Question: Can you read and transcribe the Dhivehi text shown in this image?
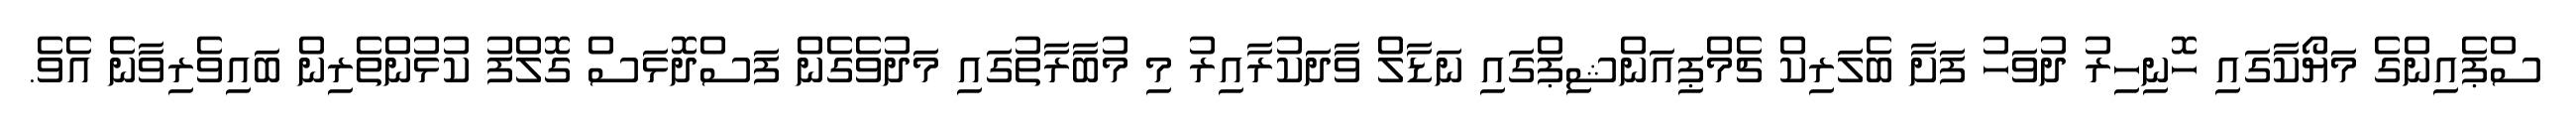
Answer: ސްޕެއިންގެ މަޔޯކާގައި ހޮނިހިރު ދުވަހު ފަށާ ބެލަރިކް ޗެމްޕިއަންޝިޕްގައި ނަޑާލް ވާދަކުރާއިރު މި މުބާރާތުގައި މަދުވެގެން ފަސްދޮޅަސް ގޮލްފު ކުޅުންތެރިން ބައިވެރިވާނެ އެވެ.